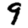
Digit: 9